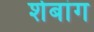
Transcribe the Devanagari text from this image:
शेबांग